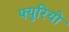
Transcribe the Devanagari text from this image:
फ्युरियो